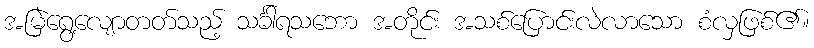
အမြဲရွေ့လျောတတ်သည့် သင်္ခါရသဘော အတိုင်း အသစ်ပြောင်းလဲလာသော စံလှဖြစ်၏။